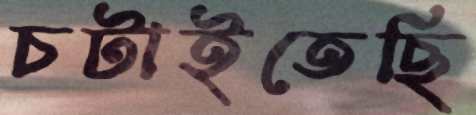
চটাইতেছি